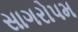
સાગરોપમ